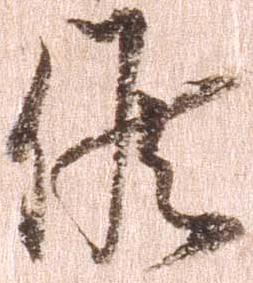
候